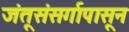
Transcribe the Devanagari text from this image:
जंतूसंसर्गापासून